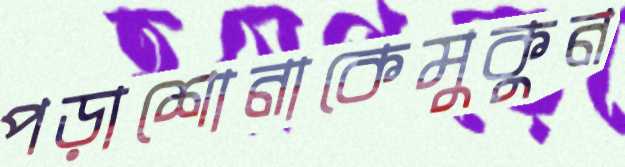
পড়াশোনাকেমুকুন